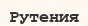
Рутения